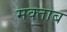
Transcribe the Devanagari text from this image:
मक्ताब